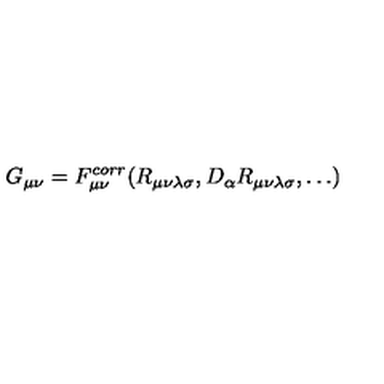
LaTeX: G _ { \mu \nu } = F _ { \mu \nu } ^ { c o r r } ( R _ { \mu \nu \lambda \sigma } , D _ { \alpha } R _ { \mu \nu \lambda \sigma } , \dots )